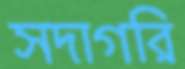
সদাগরি